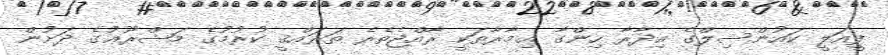
ފީއަލީ ކައުންސިލްގެ އިދާރާ ހިންގާ ޢިމާރާތަކީ ރާއްޖެތެރެ ތަރައްޤީ ކުރުމުގެ މަޝްރޫޢުގެ ދަށުން